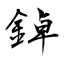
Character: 鋽